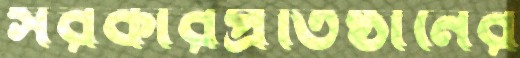
সরকারপ্রতিষ্ঠানের